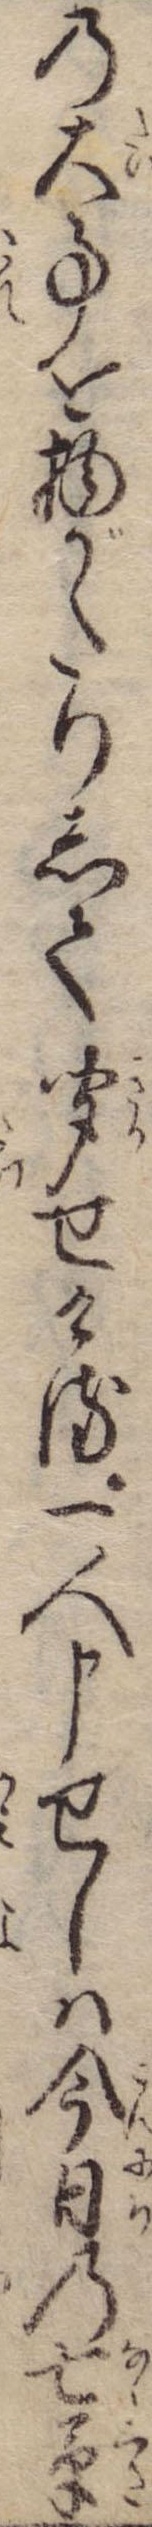
の大事を物がたりして聞せける一人申せしは今日の七草